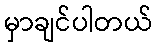
မှာချင်ပါတယ်